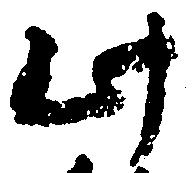
此